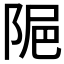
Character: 𨹣